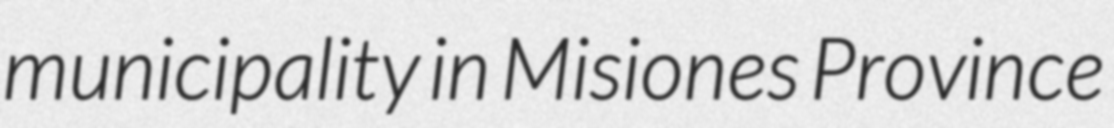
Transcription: municipality in Misiones Province